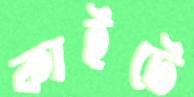
কাইটে